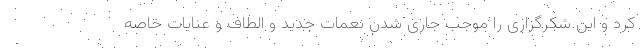
کرد و این شکرگزاری را موجب جاری شدن نعمات جدید و الطاف و عنایات خاصه